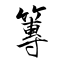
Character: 篿